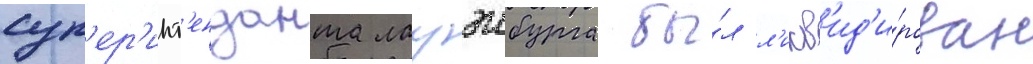
суп'ер'инт'енданта лауэнбурга бы́л л'икв'ид'и́рован